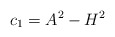
\begin{align*} c_1=A^2-H^2\end{align*}